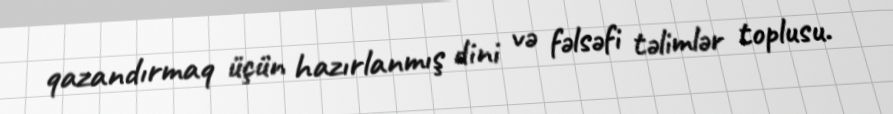
qazandırmaq üçün hazırlanmış dini və fəlsəfi təlimlər toplusu.